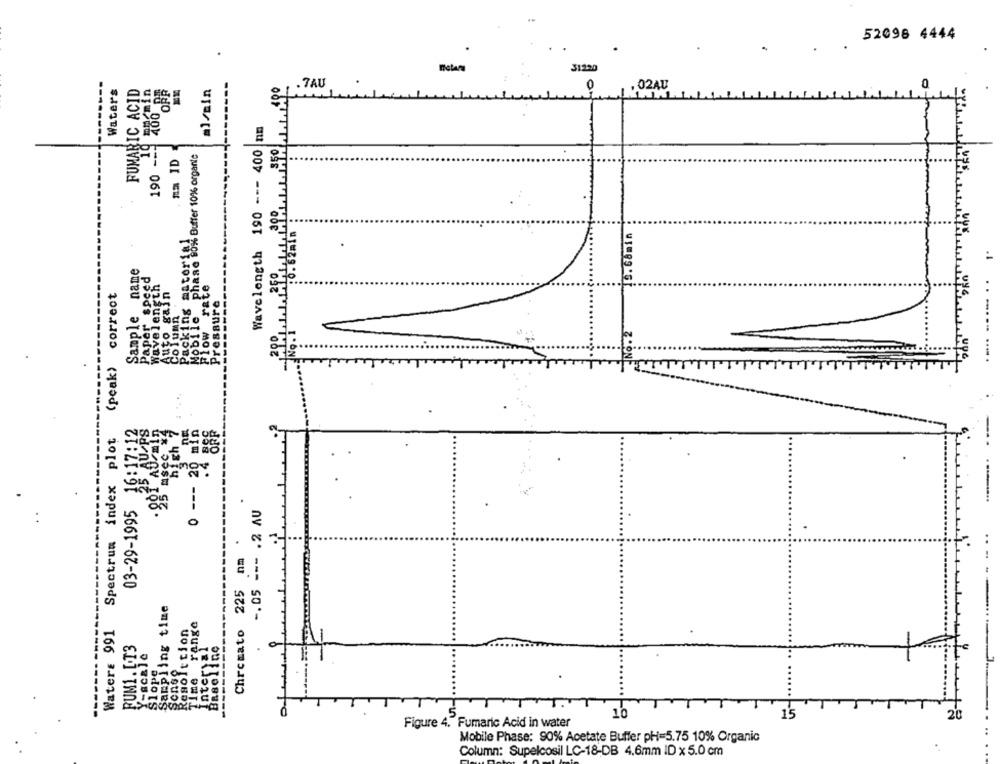
52098 4444
.
31220
Waters
FUMARIC ACID
190 --- 406min
ml/min
1.1.1.1290
, . 7AU
0
,02AU
0
Wavelength 190 --- 400 nm
19
ma ID
Mobile phase 80% Buffer 10% organic
200
:0. 62min .
Packing material
.
Sample name
Paper speed
Wavelength
Flow rate
correct
Auto gain
Pressure
Column
200
No .1
6.2
(peak)
IT
12
min
Spectrum index plot
high
.4 :
---
03-29-1995
-. 05 ---. 2 AU
0
nm
Chromato 225
Sampling time
range
Water: 991
Resolution
PUM1. L.T3
Internal
Baseline
Y-scale
Slope
Sonse
Time
T
10
15
Figure 4." Fumaric Acid in water
Mobile Phase: 90% Acetate Buffer pH=5.75 10% Organic
Column: Supelcosil LC-18-DB 4.6mm ID x 5.0 cm